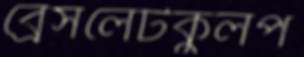
ব্রেসলেটকুলপ